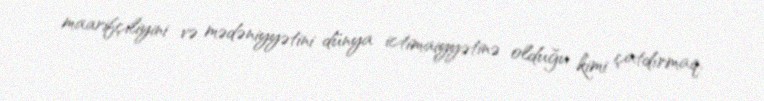
maarifçiliyini və mədəniyyətini dünya ictimaiyyətinə olduğu kimi çatdırmaq.